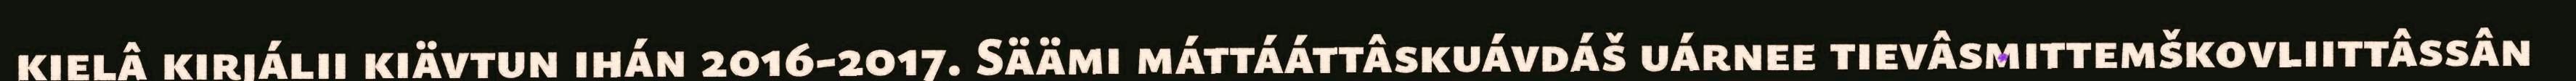
kielâ kirjálii kiävtun ihán 2016-2017. Säämi máttááttâskuávdáš uárnee tievâsmittemškovliittâssân